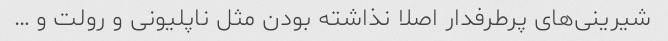
شیرینی‌های پرطرفدار اصلا نذاشته بودن مثل ناپلیونی و رولت و …